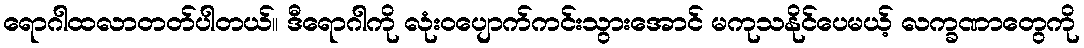
ရောဂါထလာတတ်ပါတယ်။ ဒီရောဂါကို လုံးဝပျောက်ကင်းသွားအောင် မကုသနိုင်ပေမယ့် လက္ခဏာတွေကို